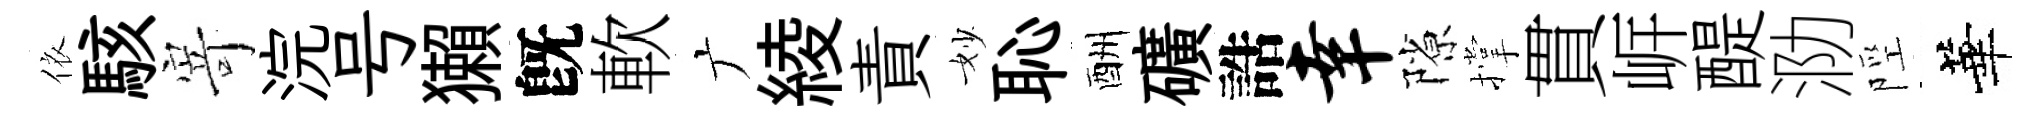
依駭𭔃浣号獺旣軟广綾責妙恥酬礦誥幸隙撑貫㟁醍泐陘華